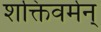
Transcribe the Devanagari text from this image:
शक्तिवर्मन्‌